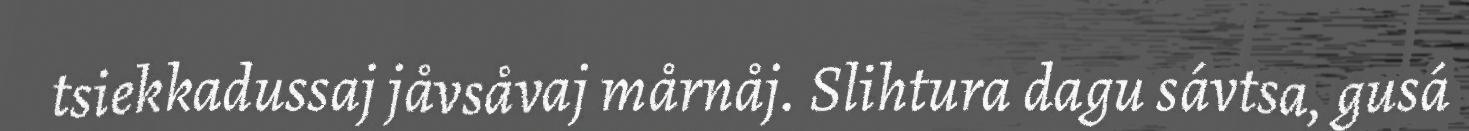
tsiekkadussaj jåvsåvaj mårnåj. Slihtura dagu sávtsa, gusá